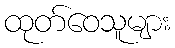
ထုတ်ဝေသူများ